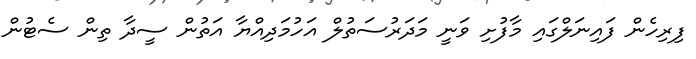
ފިރިހެން ފައިނަލްގައި މާފުށި ވަނީ މަދަރުސަތުލް އަހުމަދިއްޔާ އަތުން ސީދާ ތިން ސެޓުން